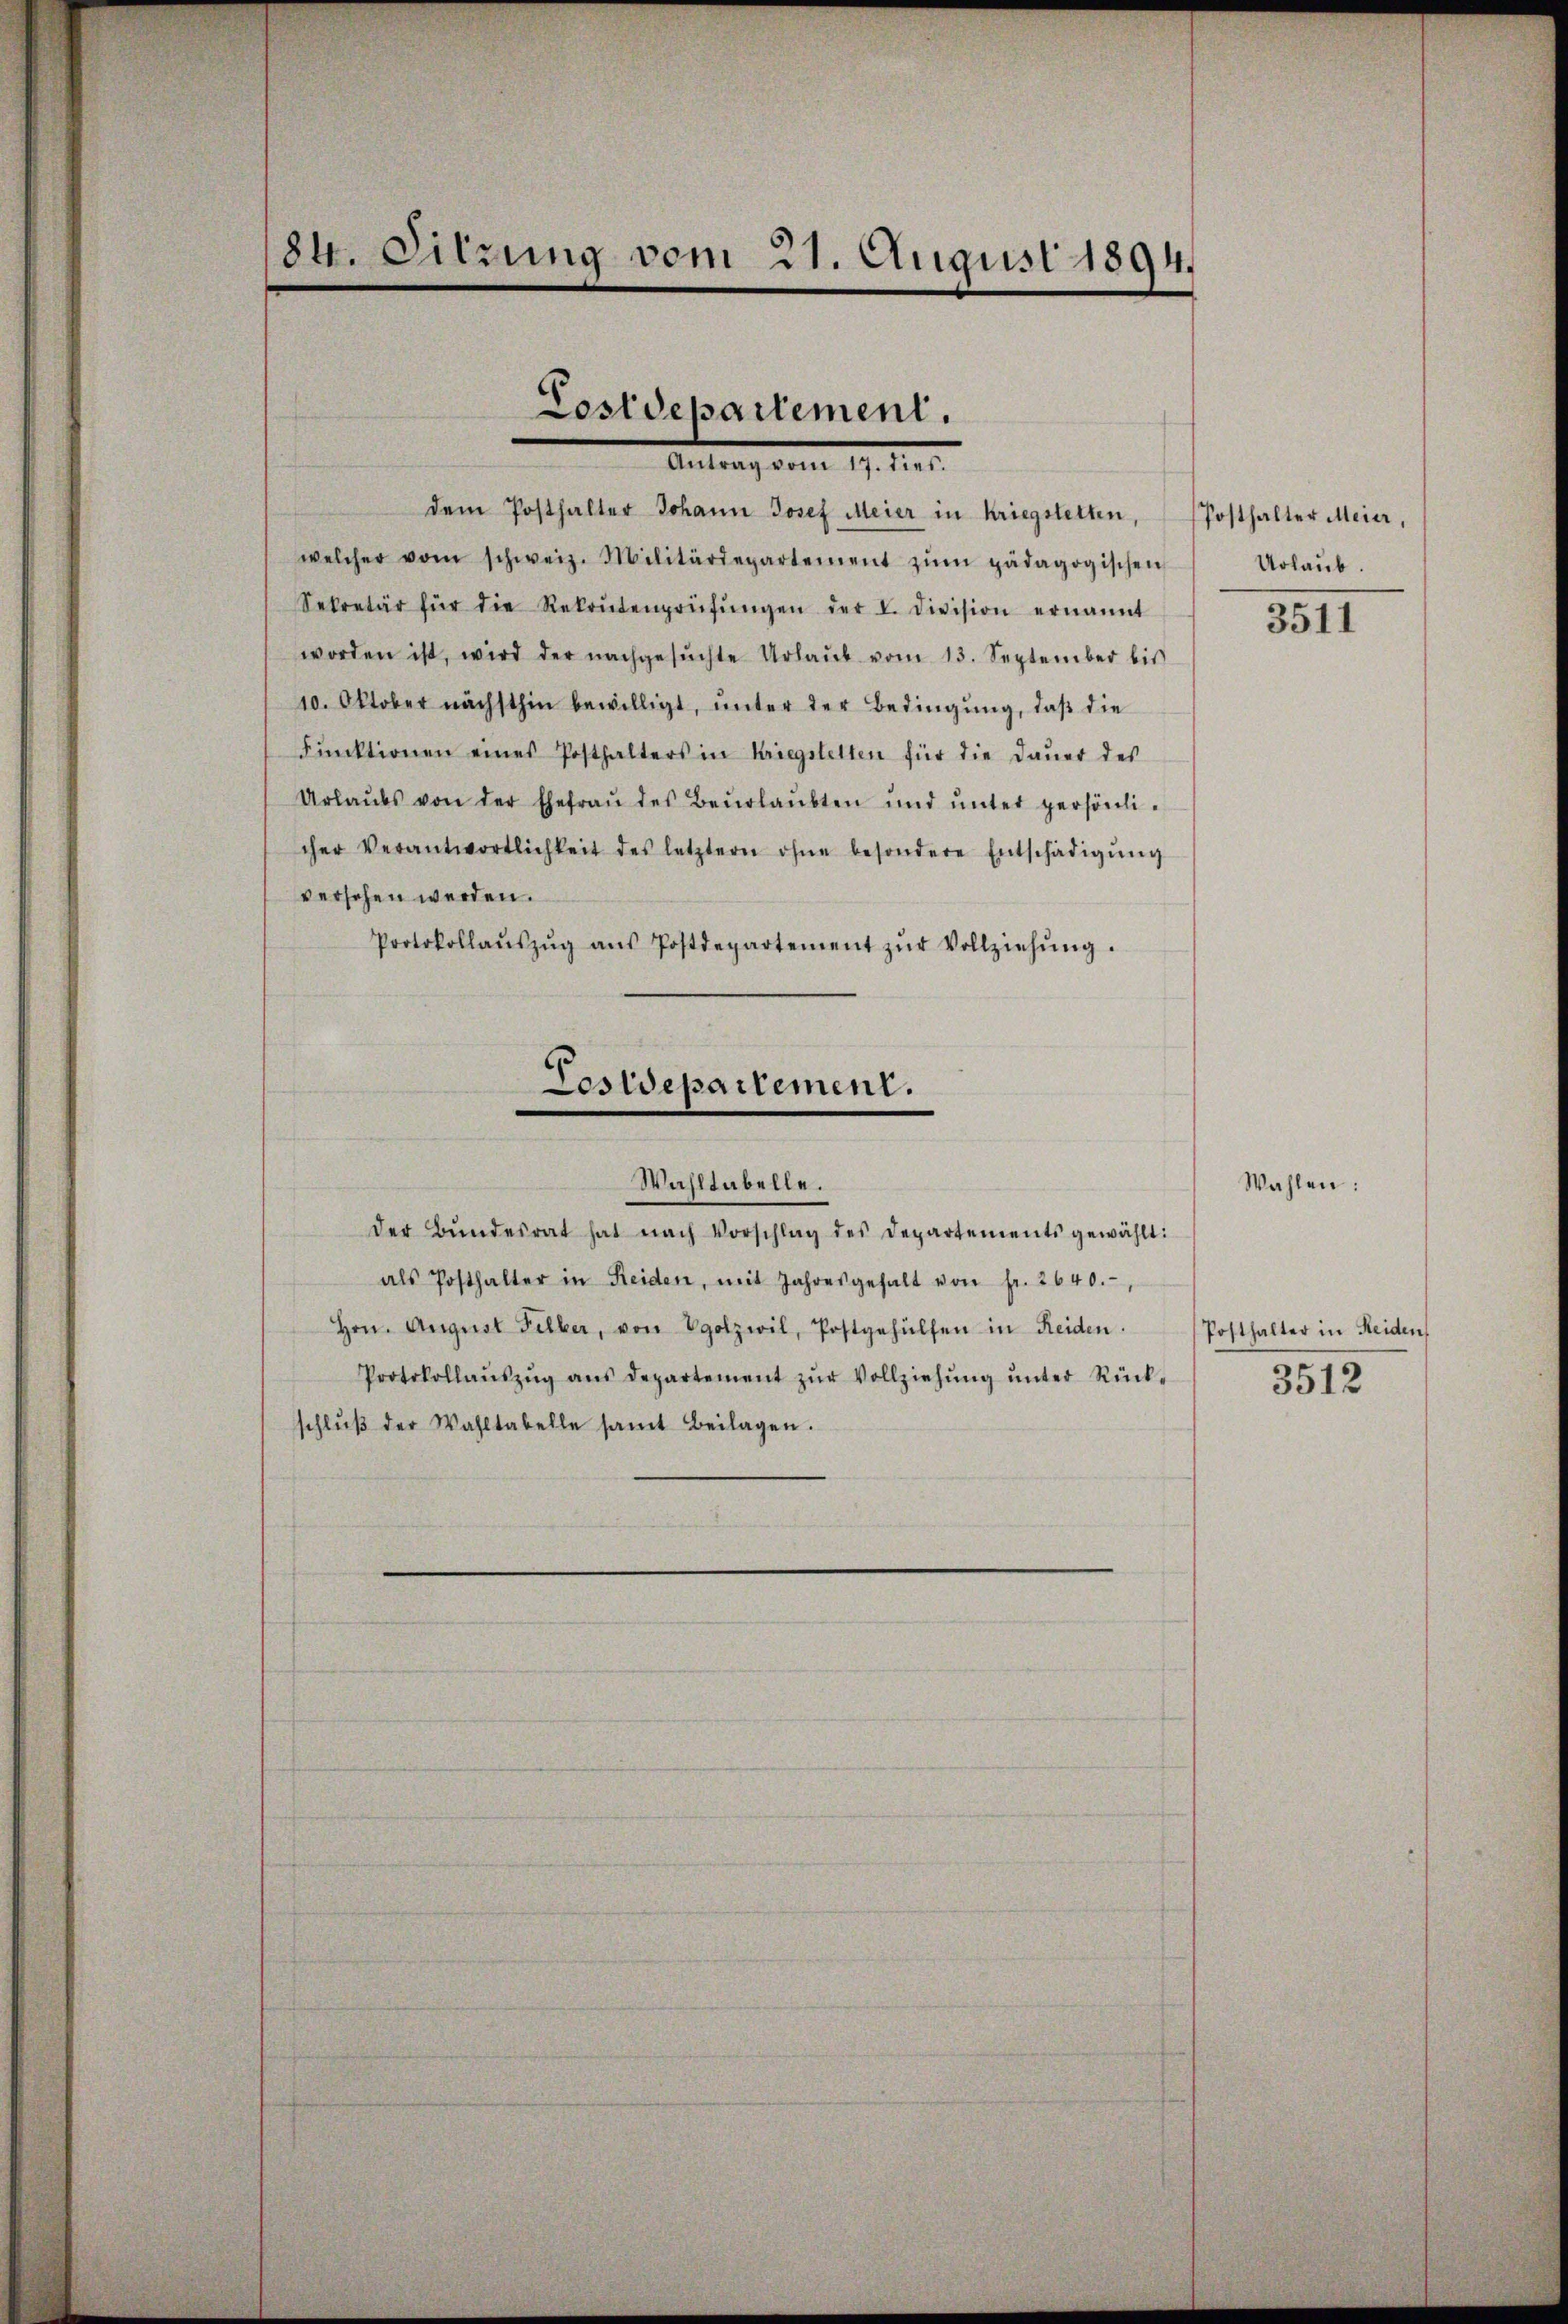
84. Sitzung vom 21. August 1894.

Costdepartement.
.
dem Posthalter Johann Josef Meier in kriegstetten,

welcher vom schweiz. Militärdepartement zŭm pädagogischen
Sekretär für die Rekrutenprüfŭngen der I. Division ernannt
worden ist, wird der nachgesŭchte Urlaŭb vom 13. September bis
10. Oktober nächsthin bewilligt, unter der Bedingung, daß die
Fŭnktionen eines Posthalters in Kriegstelten für die Daŭer des
Urlaŭbs von der Ehefraŭ des Beurlaŭbten ŭnd ŭnter persönlicher Verantwortlichkeit des letztern ohne besondere Entschädigŭng
versehen werden.
Protokollaŭszŭg aŭs Postdepartement zŭr Vollziehŭng.
Pesiepartement.
Wahltabelle.
der Bŭndesrat hat nach Vorschlag des Departements gewählt:
als Posthalter in Reiden, mit Jahresgehalt von fr. 2640.
Hrn. August Filber, von Vgotzwil, Postgehülfen in Reiden.
Protokollaŭszŭg aŭs departement zŭr Vollziehŭng ŭnter Rück-
schlŭβ der Wahltabelle samt Beilagen.

Posthalter Meier,
Urlaub.

3511

Wahlen:

Posthalter in Heiden
3512